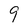
Character: 9